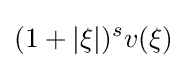
(1+|\xi |)^{s}v(\xi )